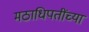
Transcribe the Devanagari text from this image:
मठाधिपतींच्या